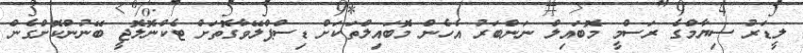
ލީޑަރު ސިޔާމްގެ ރަސްމީ މޮބައިލް ނަންބަރު އެހެން މޮބައިލްތަކަށް ޑިސްޕްލޭވާގޮތަށް ޓެކްނޮލޮޖީ ބޭނުންކޮށްގެން